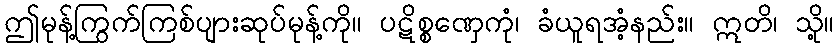
ဤမုန့်ကြွက်ကြစ်ပျားဆုပ်မုန့်ကို။ ပဋိစ္စဏှေကုံ၊ ခံယူရအံ့နည်း။ ဣတိ၊ သို့။